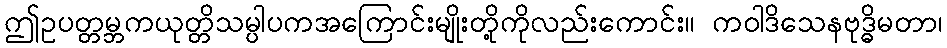
ဤဥပတ္တမ္ဘကယုတ္တိသမ္ပါပကအကြောင်းမျိုးတို့ကိုလည်းကောင်း။ ကဝါဒိသေနဗုဒ္ဓိမတာ၊